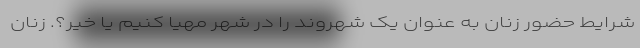
شرایط حضور زنان به عنوان یک شهروند را در شهر مهیا کنیم یا خیر؟. زنان